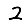
Digit: 2